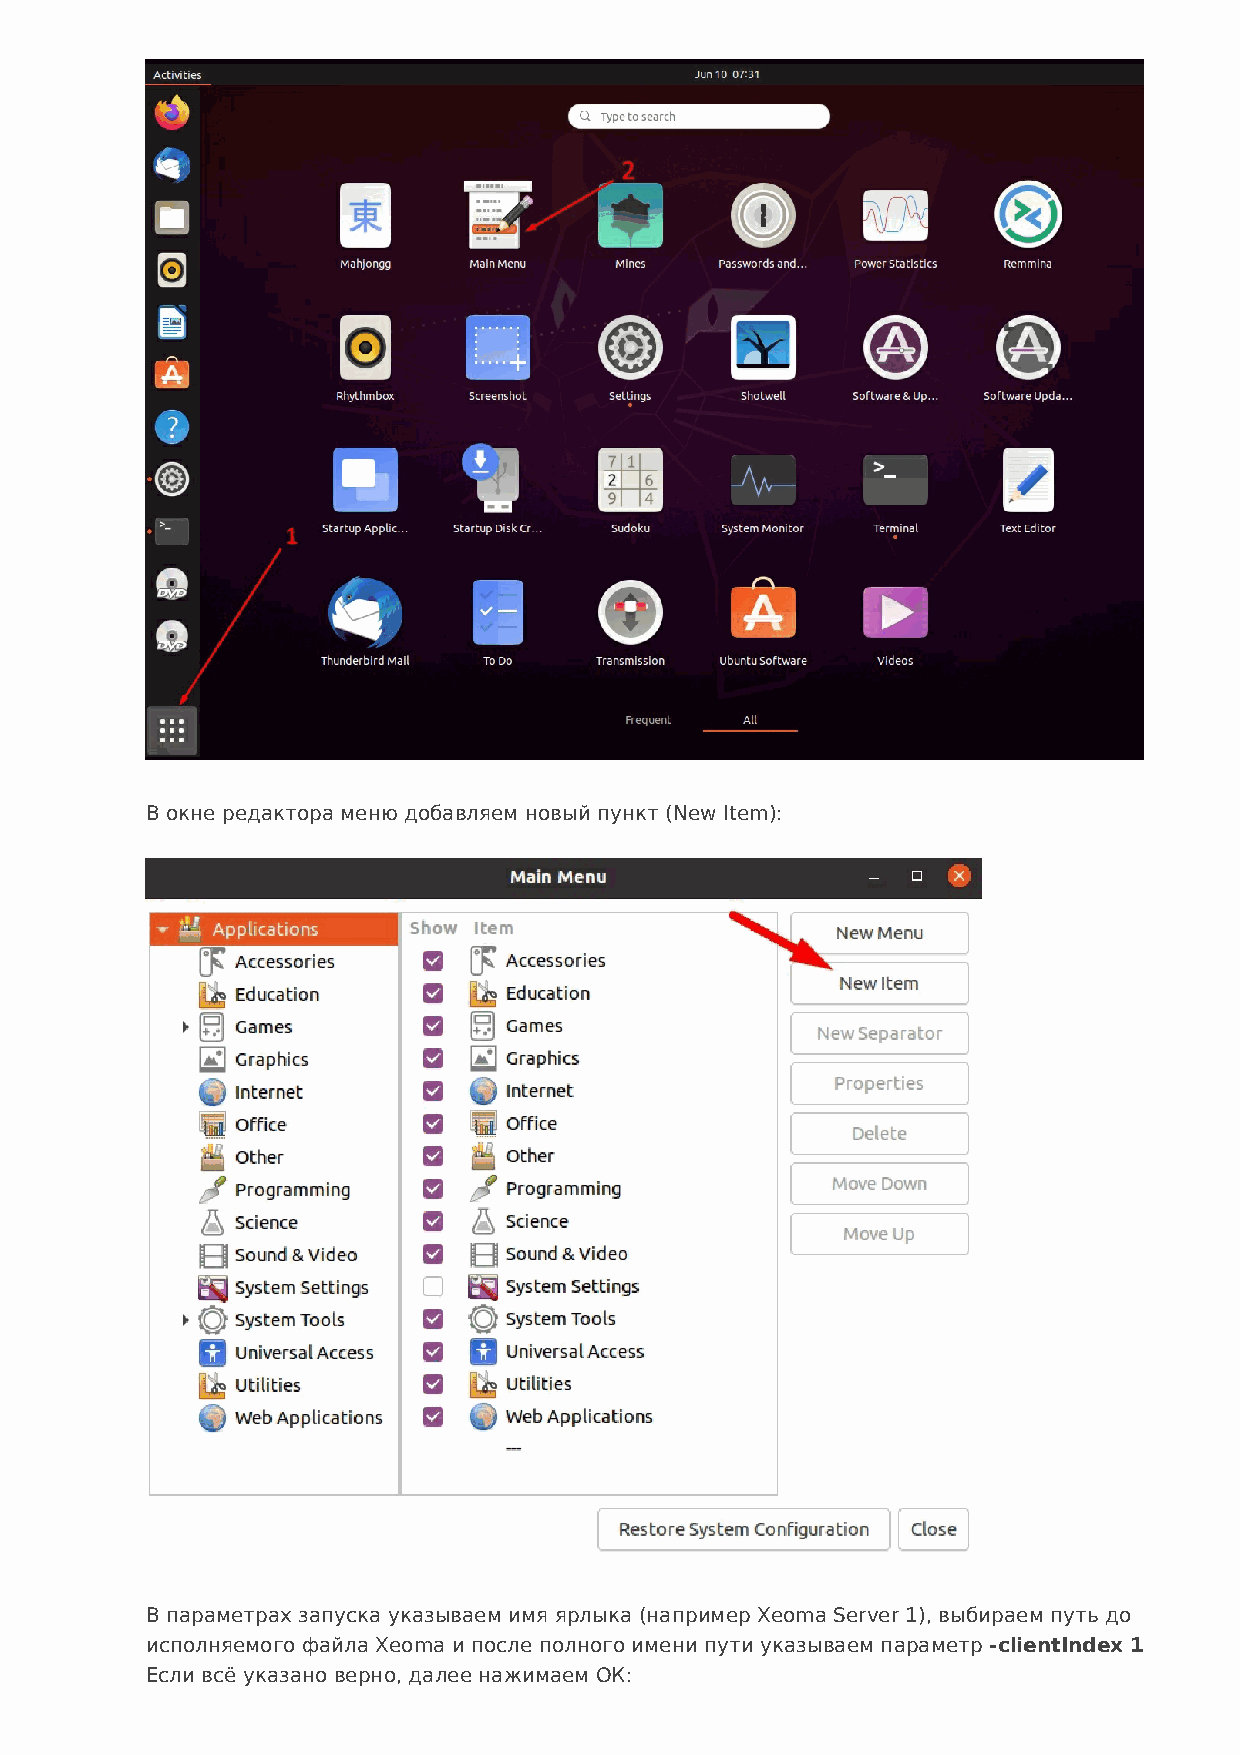
В окне редактора меню добавляем новый пункт (New Item):
 В параметрах запуска указываем имя ярлыка (например Xeoma Server 1), выбираем путь до
 исполняемого файла Xeoma и после полного имени пути указываем параметр -clientIndex 1
 Если всё указано верно, далее нажимаем ОК: